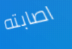
اصابته